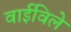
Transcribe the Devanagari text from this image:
वाईविले